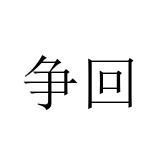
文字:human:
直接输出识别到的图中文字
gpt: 争回